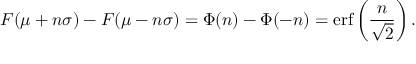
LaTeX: F ( \mu + n \sigma ) - F ( \mu - n \sigma ) = \Phi ( n ) - \Phi ( - n ) = \operatorname { e r f } \left( { \frac { n } { \sqrt { 2 } } } \right) .